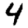
Digit: 4